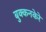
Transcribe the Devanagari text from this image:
बुक्कनकेरे